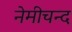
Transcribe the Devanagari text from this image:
नेमीचन्द